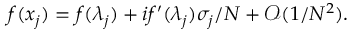
f ( x _ { j } ) = f ( \lambda _ { j } ) + i f ^ { \prime } ( \lambda _ { j } ) \sigma _ { j } / N + \mathcal { O } ( 1 / N ^ { 2 } ) .